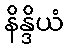
နိန္ဒိယံ